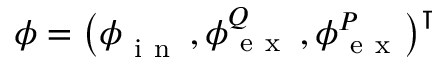
\boldsymbol \phi = \big ( \boldsymbol \phi { } _ { \mathrm { ~ i ~ n ~ } } ^ { } \, , \boldsymbol \phi { } _ { \mathrm { ~ e ~ x ~ } } ^ { Q } \, , \boldsymbol \phi { } _ { \mathrm { ~ e ~ x ~ } } ^ { P } \big ) ^ { \intercal }